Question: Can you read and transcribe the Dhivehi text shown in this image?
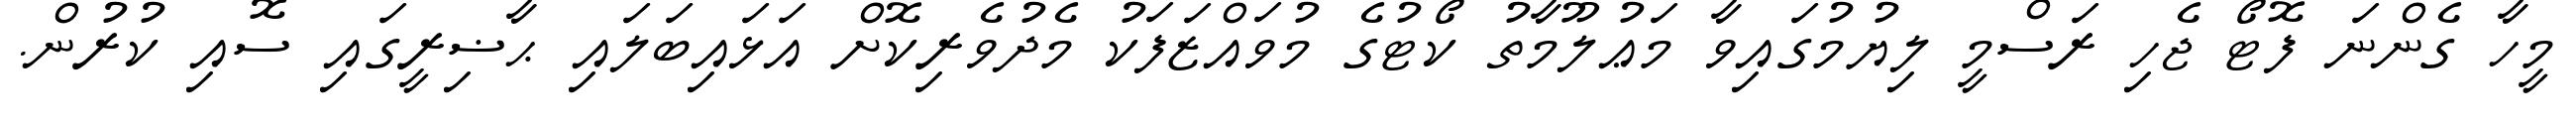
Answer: މީހާ ގެންނަ ފޮޓޯ ޖެހި ރަސްމީ ލިޔުމުގައިވާ މަޢުލޫމާތު ކޯޓުގެ މުވައްޒަފަކު މެދުވެރިކޮށް އަޅައިބަލައި ޙާޟިރީގައި ސޮއި ކުރުން.